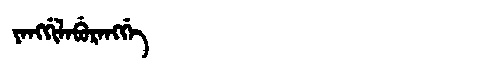
Manchu: ᠶᠠᠩᡤᡳᠯᠠᠪᡠᡵᠠᠩᡤᡝ
Romanization: YANGGILABURANGGE